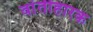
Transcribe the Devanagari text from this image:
वांतीहारक